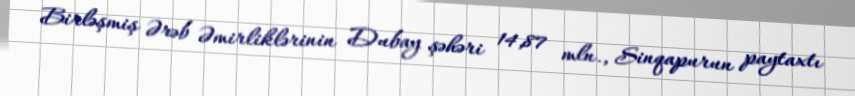
Birləşmiş Ərəb Əmirliklərinin Dubay şəhəri 14,87 mln., Sinqapurun paytaxtı